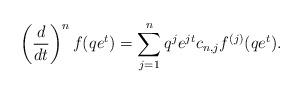
LaTeX: \begin{align*}\left(\frac{d}{dt}\right)^n f(qe^t) = \sum_{j=1}^n q^je^{jt}c_{n,j}f^{(j)}(qe^t).\end{align*}